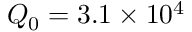
Q _ { 0 } = 3 . 1 \times 1 0 ^ { 4 }